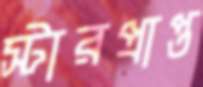
স্টারপ্রাপ্ত